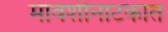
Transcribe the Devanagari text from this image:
मावशीनाटकात